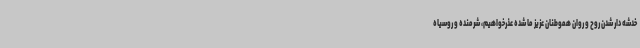
خدشه دار شدن روح و روان هموطنان عزیز ما شده عذرخواهیم، شرمنده و روسیاه